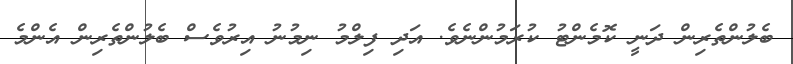
ބެލުންތެރިން ދަނީ ކޮމެންޓު ކުރަމުންނެވެ. އަދި ފިލްމު ނިމުނު އިރުވެސް ބެލުންތެރިން އެންމެ